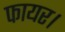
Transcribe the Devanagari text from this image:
फायर।